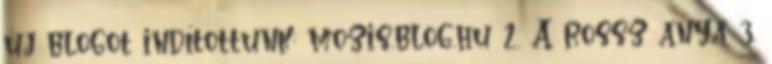
új blogot indítottunk: mozis.blog.hu 2. A rossz anya 3.